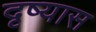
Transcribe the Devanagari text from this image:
दृष्यास